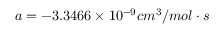
a = - 3 . 3 4 6 6 \times 1 0 ^ { - 9 } c m ^ { 3 } / m o l \cdot s